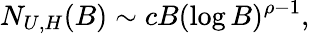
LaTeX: N_{U,H}(B)\sim cB(\log B)^{\rho-1},